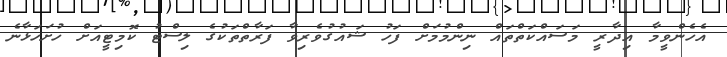
އެހެންވީމާ އިދާރީ މަސައްކަތްތައް ނިންމުމަށް ފަހު ޝައުގުވެރިވާ ފަރާތްތަކުގެ ލިސްޓު ކޮމިޓީއަށް ހުށަހަޅާނެ